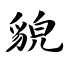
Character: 貌